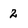
Character: 2